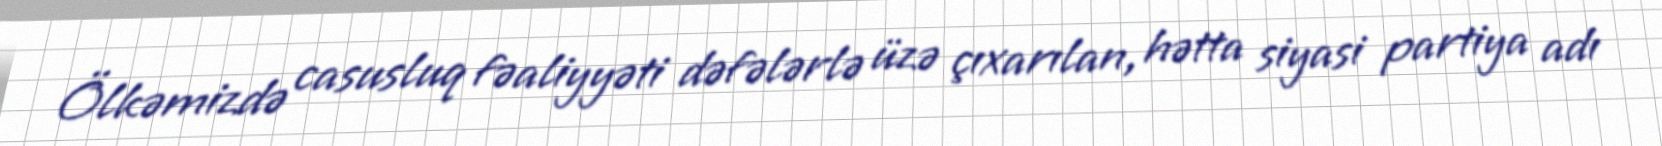
Ölkəmizdə casusluq fəaliyyəti dəfələrlə üzə çıxarılan, hətta siyasi partiya adı